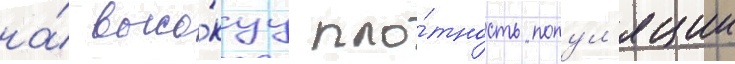
на́ высо́куу пло́тность попул'яции